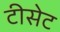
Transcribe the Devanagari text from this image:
टीसेट